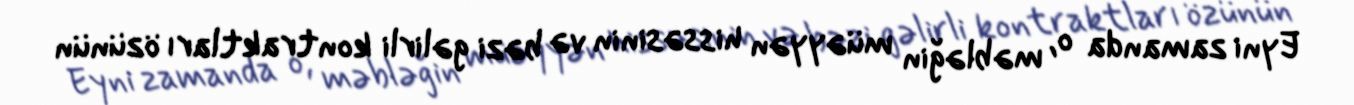
Eyni zamanda o, məbləğin müəyyən hissəsinin və bəzi gəlirli kontraktları özünün